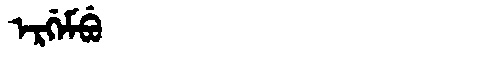
Manchu: ᡝᡵᡤᡝᠮᠪᡠ
Romanization: ERGEMBU